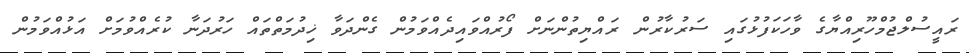
ރައީސުލްޖުމްހޫރިއްޔާގެ ވާހަކަފުޅުގައި ސަރުކާރުން ރައްޔިތުންނަށް ފޯރުއްވައިދެއްވަމުން ގެންދަވާ ޚިދުމަތްތައް ހަރުދަނާ ކުރެއްވުމަށް އަޅުއްވަމުން